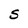
Character: S